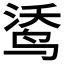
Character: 𲍼